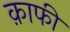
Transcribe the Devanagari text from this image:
क़ाफी